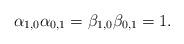
LaTeX: \begin{align*}\alpha_{1,0}\alpha_{0,1}=\beta_{1,0}\beta_{0,1}=1.\end{align*}